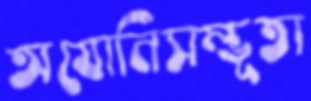
অযোনিসম্ভূতা